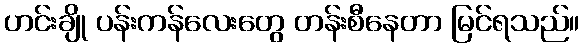
ဟင်းချို ပန်းကန်လေးတွေ တန်းစီနေတာ မြင်ရသည်။